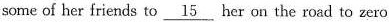
some of her friends to \underline{15} her on the road to zero